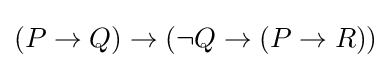
(P\to Q)\to (\lnot Q\to (P\to R))